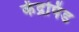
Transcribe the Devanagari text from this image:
केंद्रपिंड